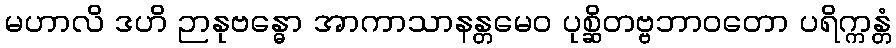
မဟာလိ ဒဟိ ဉာနုဗန္ဓော အာကာသာနန္တမေဝ ပုစ္ဆိတဗ္ဗဘာဝတော ပရိက္ကန္တံ